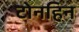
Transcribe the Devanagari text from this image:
टोनहिन